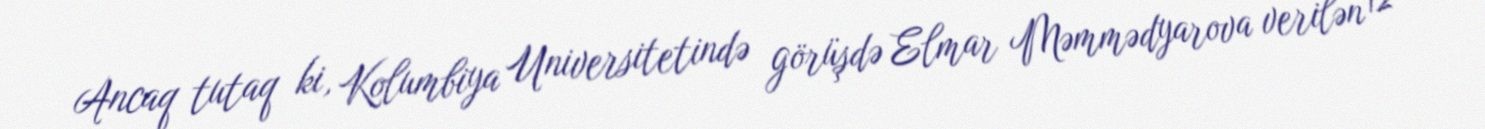
Ancaq tutaq ki, Kolumbiya Universitetində görüşdə Elmar Məmmədyarova verilən 12